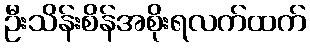
ဦးသိန်းစိန်အစိုးရလက်ထက်